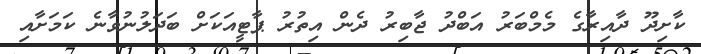
ކާށިދޫ ދާއިރާގެ މެމްބަރު އަބްދު ޖާބިރު ދެން އިތުރު ޕާޓީއަކަށް ބަދަލުނުވާނެ ކަމަށާއި